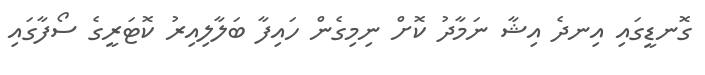
ގޮނޑީގައި އިނދެ އިޝާ ނަމާދު ކޮށް ނިމިގެން ހައިފާ ބަލާލިއިރު ކޮޓަރީގެ ސޯފާގައި